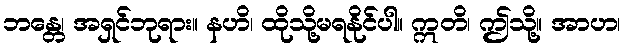
ဘန္တေ၊ အရှင်ဘုရား။ နဟိ၊ ထိုသို့မရနိုင်ပါ။ ဣတိ၊ ဤသို့။ အာဟ၊